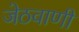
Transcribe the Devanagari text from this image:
जेठवाणी